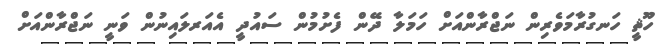
ހޫޘީ ހަނގުރާމަވެރިން ނަޖްރާންއަށް ހަމަލާ ދޭން ފެށުމުން ސައުދީ އެއަރލައިނުން ވަނީ ނަޖްރާންއަށް